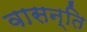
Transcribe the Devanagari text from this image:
वासन्ति